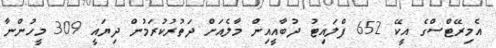
އެމިރޭޓްސްގެ އީކޭ 652 ފްލައިޓު ދުބާއީއިން މާލެއަށް ދަތުރުކުރަމުން ދިޔައީ 309 މީހުންނާ